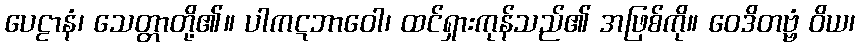
ပေဠာနံ၊ သေတ္တာတို့၏။ ပါကဋဘာဝေါ၊ ထင်ရှားကုန်သည်၏ အဖြစ်ကို။ ဝေဒိတဗ္ဗံ ဝိယ၊